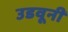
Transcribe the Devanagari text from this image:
उडवूनी